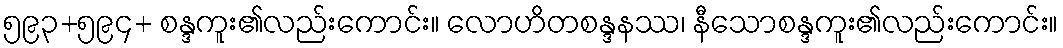
၅၉၃+၅၉၄+ စန္ဒကူး၏လည်းကောင်း။ လောဟိတစန္ဒနဿ၊ နီသောစန္ဒကူး၏လည်းကောင်း။